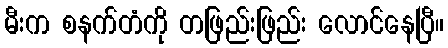
မီးက စနက်တံကို တဖြည်းဖြည်း လောင်နေပြီ။